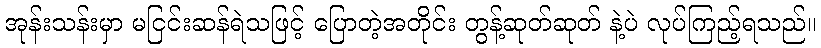
အုန်းသန်းမှာ မငြင်းဆန်ရဲသဖြင့် ပြောတဲ့အတိုင်း တွန့်ဆုတ်ဆုတ် နဲ့ပဲ လုပ်ကြည့်ရသည်။